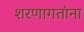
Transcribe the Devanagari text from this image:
शरणागतांना